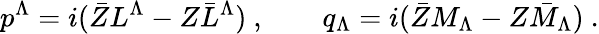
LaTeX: p^{\Lambda}=i(\bar{Z}L^{\Lambda}-Z\bar{L}^{\Lambda})\ ,\qquad q_{\Lambda}=i(\bar{Z}M_{\Lambda}-Z\bar{M}_{\Lambda})\ .